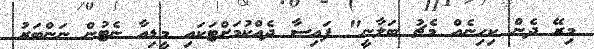
މިރޭ ދެން ކިހިނެއް މެޗު ބަލާނީ" ފައިސާ ދެއްކުމަށްޓަކައި މީޑިއާ ނެޓުން ނަންބަރު